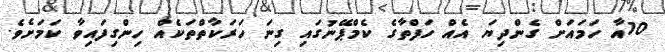
10އާ ހަމައަށް ގެންދިޔަ އެއް ހަފްތާގެ ކެމްޕޭނުގައި ގިނަ ހަރަކާތްތަކެއް ހިންގިފައިވާ ކަމަށެވެ.